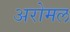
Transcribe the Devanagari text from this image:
अरोमल